Outbreak of cholera in the village of Akhoree, in the Mirzapore district
Disease focus: Cholera
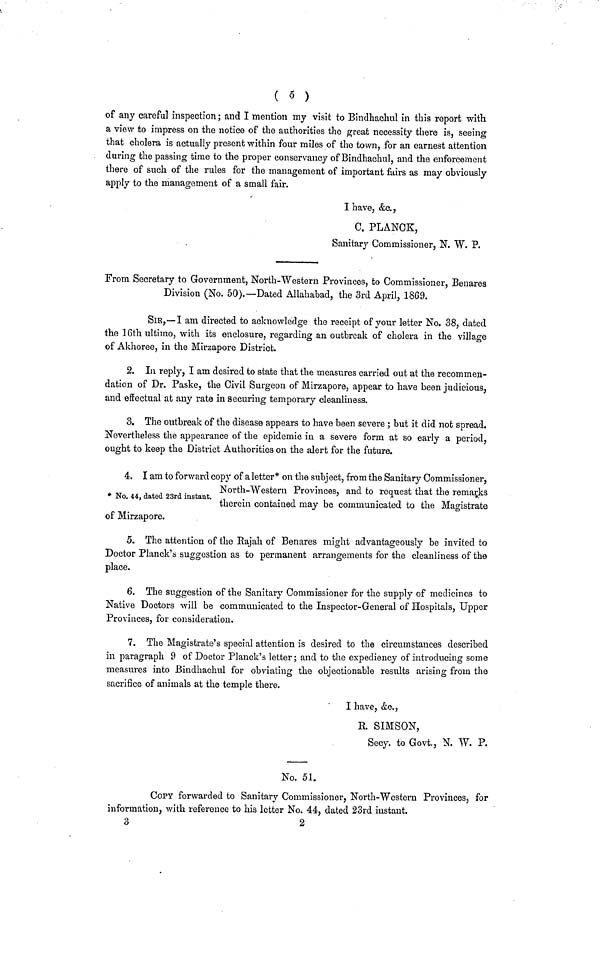
( 5 )
of any careful inspection ; and I mention my visit to Bindhachul in this report with.
a view to impress on the notice of the authorities the great necessity there is, seeing
that cholera is actually present within four miles of the town, for an earnest attention
during the passing time to the proper conservancy of Bindhachul, and the enforcement
there of such of the rules for the management of important fairs as may obviously
apply to the management of a small fair.
I have, &c.,
C. PLANCK,
Sanitary Commissioner, N. W. V.
From Secretary to Government, North-Western Provinces, to Commissioner, Benares
Division (No. 50).—Dated Allahabad, the 3rd April, 1869.
SIR,—I am directed to acknowledge the receipt of your letter No. 38, dated
the 16th ultimo, with its enclosure, regarding an outbreak of cholera in the village
of Akhoree, in the Mirzapore District.
2. In reply, I am desired to state that the measures carried out at the recommen-
dation of Dr. Paske, the Civil Surgeon of Mirzapore, appear to have been judicious,
and effectual at any rate in securing temporary cleanliness.
3. The outbreak of the disease appears to have been severe ; but it did not spread.
Nevertheless the appearance of the epidemic in a severe form at so early a period,
ought to keep the District Authorities on the alert for the future.
* No. 44, dated 23rd instant.
4. I am to forward copy of a letter* on the subject, from the Sanitary Commissioner,
North-Western Provinces, and to request that the remarks
therein contained may be communicated to the Magistrate
of Mirzapore.
5. The attention of the Rajah of Benares might advantageously be invited to
Doctor Planck's suggestion as to permanent arrangements for the cleanliness of the
place.
6. The suggestion of the Sanitary Commissioner for the supply of medicines to
Native Doctors will be communicated to the Inspector-General of Hospitals, Upper
Provinces, for consideration.
7. The Magistrate's special attention is desired to the circumstances described
in paragraph 9 of Doctor Planck's letter ; and to the expediency of introducing some
measures into Bindhachul for obviating the objectionable results arising from the
sacrifice of animals at the temple there.
I have, &c.,
E. SIMSON,
Secy. to Govt., N. W. P.
No. 51.
COPY forwarded to Sanitary Commissioner, North-Western Provinces, for
information, with reference to his letter No. 44, dated 23rd instant.
3
2